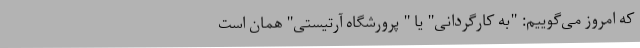
که امروز می‌گوییم: "به کارگردانی" یا " پرورشگاه آرتیستی" همان است